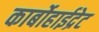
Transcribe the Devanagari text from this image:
कार्बोहाईद्रेट